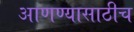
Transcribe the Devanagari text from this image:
आणण्यासाठीच